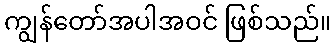
ကျွန်တော်အပါအဝင် ဖြစ်သည်။